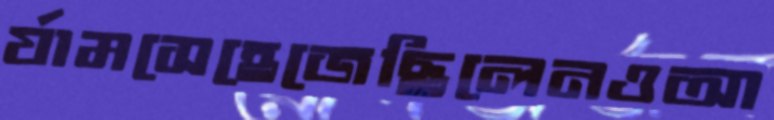
র্যামসেহেজেছিলেনওআ